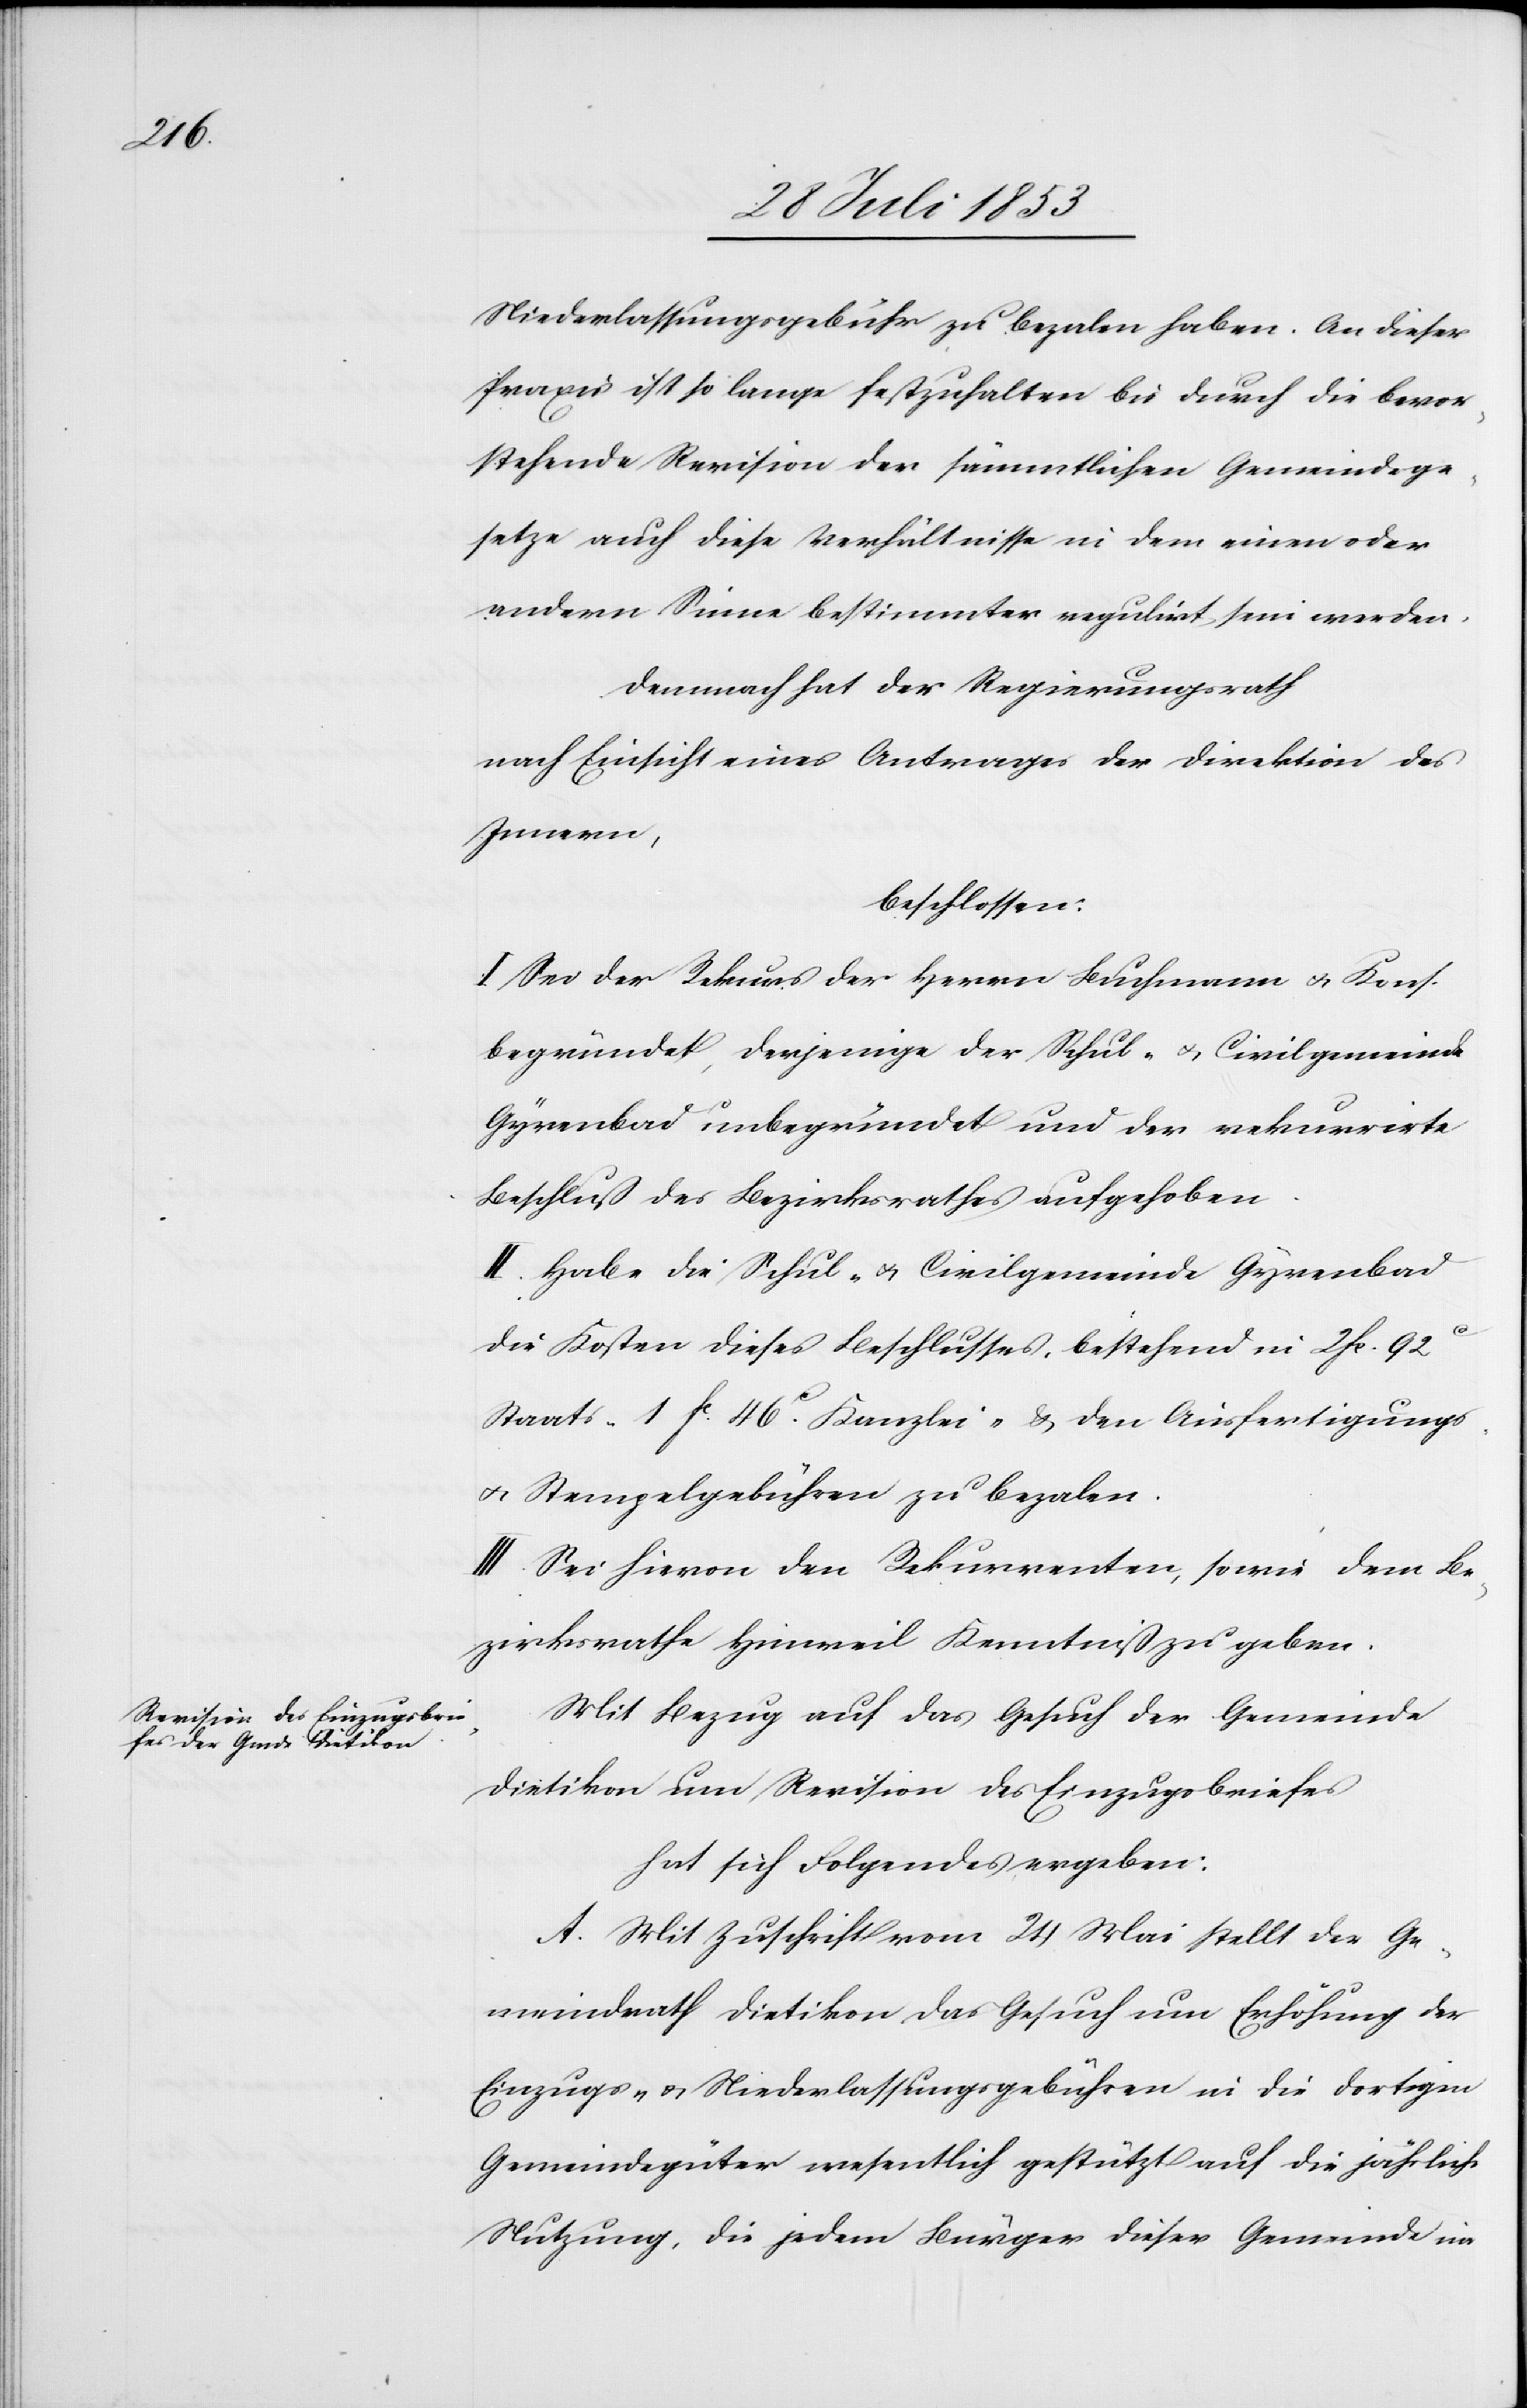
Niederlassungsgebühr zu bezalen haben. An dieser
Praxis ist so lange festzuhalten bis durch die bevor¬
stehende Revision der sämmtlichen Gemeindsge¬
setze auch diese Verhältnisse in dem einen oder
andern Sinne bestimmter regulirt sein werden.
Demnach hat der Regierungsrath
nach Einsicht eines Antrages der Direktion des
Innern,
beschlossen:
I. Sei der Rekurs der Herren Buchmann u. Kons.
begründet, derjenige der Schul- u. Civilgemeinde
Gyrenbad unbegründet und der rekurrirte
Beschluß des Bezirksrathes aufgehoben.
II. Habe die Schul- u. Civilgemeinde Gyrenbad
die Kosten dieses Beschlusses, bestehend in 2 fc. 92c
Staats- 1 fc 46c Kanzlei- u. den Ausfertigungs-
u. Stempelgebühren zu bezalen.
III. Sei hievon den Rekurrenten, sowie dem Be¬
zirksrathe Hinweil Kenntniß zu geben.
Mit Bezug auf das Gesuch der Gemeinde
Dietikon um Revision des Einzugsbriefes
hat sich Folgendes ergeben:
A. Mit Zuschrift vom 24 Mai stellt der Ge¬
meindrath Dietikon das Gesuch um Erhöhung der
Einzugs- u. Niederlassungsgebühren in die dortigen
Gemeindgüter wesentlich gestützt auf die jährliche
Nutzung, die jedem Bürger dieser Gemeinde im